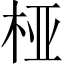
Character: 桠